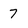
Character: 7